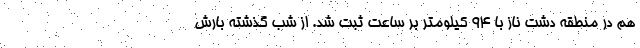
هم در منطقه دشت ناز با ۹۴ کیلومتر بر ساعت ثبت شد. از شب گذشته بارش